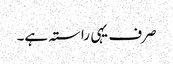
صرف یہی راستہ ہے۔